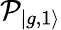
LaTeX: \mathcal{P}_{|g,1\rangle}